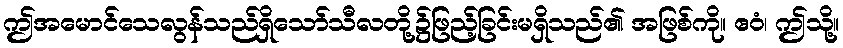
ဤအမောင်သေလွန်သည်ရှိသော်သီလတို့၌ဖြည့်ခြင်းမရှိသည်၏ အဖြစ်ကို။ ဧဝံ၊ ဤသို့။